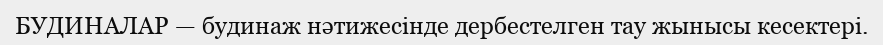
БУДИНАЛАР — будинаж нәтижесінде дербестелген тау жынысы кесектері.